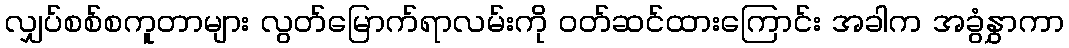
လျှပ်စစ်စကူတာများ လွတ်မြောက်ရာလမ်းကို ၀တ်ဆင်ထားကြောင်း အခါက အခွံနွှာကာ